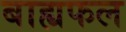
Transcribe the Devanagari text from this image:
बाह्यफल